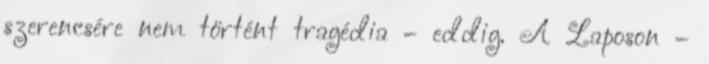
szerencsére nem történt tragédia – eddig. A Laposon –